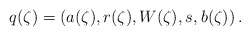
\begin{align*}q(\zeta)=(a(\zeta),r(\zeta),W(\zeta), s_{},b(\zeta))\,.\end{align*}